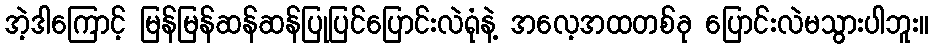
အဲ့ဒါကြောင့် မြန်မြန်ဆန်ဆန်ပြုပြင်ပြောင်းလဲရုံနဲ့ အလေ့အထတစ်ခု ပြောင်းလဲမသွားပါဘူး။